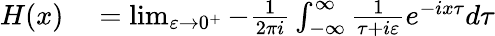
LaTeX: \begin{array}{rl}{H(x)}&{{}=\operatorname*{lim}_{\varepsilon\to 0^{+}}-{\frac{1}{2\pi i}}\int_{-\infty}^{\infty}{\frac{1}{\tau+i\varepsilon}}e^{-ix\tau}d\tau}\end{array}